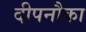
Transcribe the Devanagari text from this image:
दीपनौका